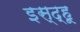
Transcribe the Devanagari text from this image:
इस्द्हू